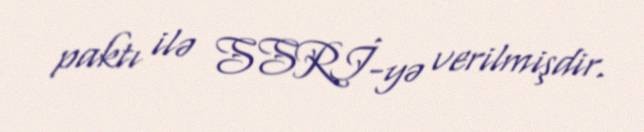
paktı ilə SSRİ-yə verilmişdir.